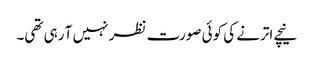
نیچے اترنے کی کوئی صورت نظر نہیں آ رہی تھی۔